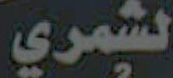
لشمري